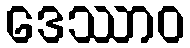
ဒေဿာဝ